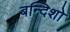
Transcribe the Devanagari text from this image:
बन्दिशो